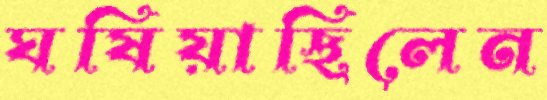
ঘষিয়াছিলেন